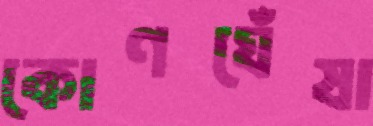
কোণঘেঁষা